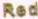
Red